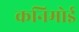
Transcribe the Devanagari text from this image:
कनिमोई